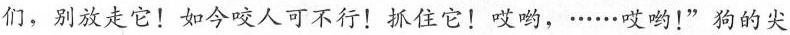
们，别放走它!如今咬人可不行!”抓住它!哎哟，·..·..哎哟!”狗的尖